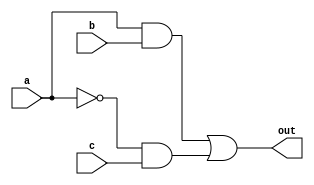
module Ch(out,a,b,c);
    input [31:0] a,b,c;
    output [31:0] out;

    assign out = (a & b) | (~a & c);
    
endmodule